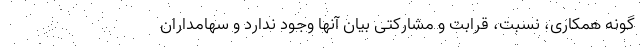
گونه همکاری، نسبت، قرابت و مشارکتی بیان آنها وجود ندارد و سهامداران